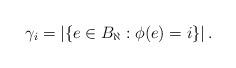
LaTeX: \begin{align*}\gamma_i=\left| \{ e \in B_{\aleph} : \phi(e)=i \} \right|.\end{align*}